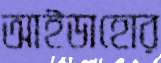
আইডাহোর